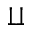
\amalg